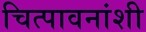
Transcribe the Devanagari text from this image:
चित्पावनांशी